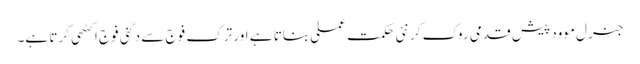
جنرل موود پیش قدمی روک کر نئی حکمت عملی بناتا ہے اور ترک فوج سے دگنی فوج اکٹھی کرتا ہے۔